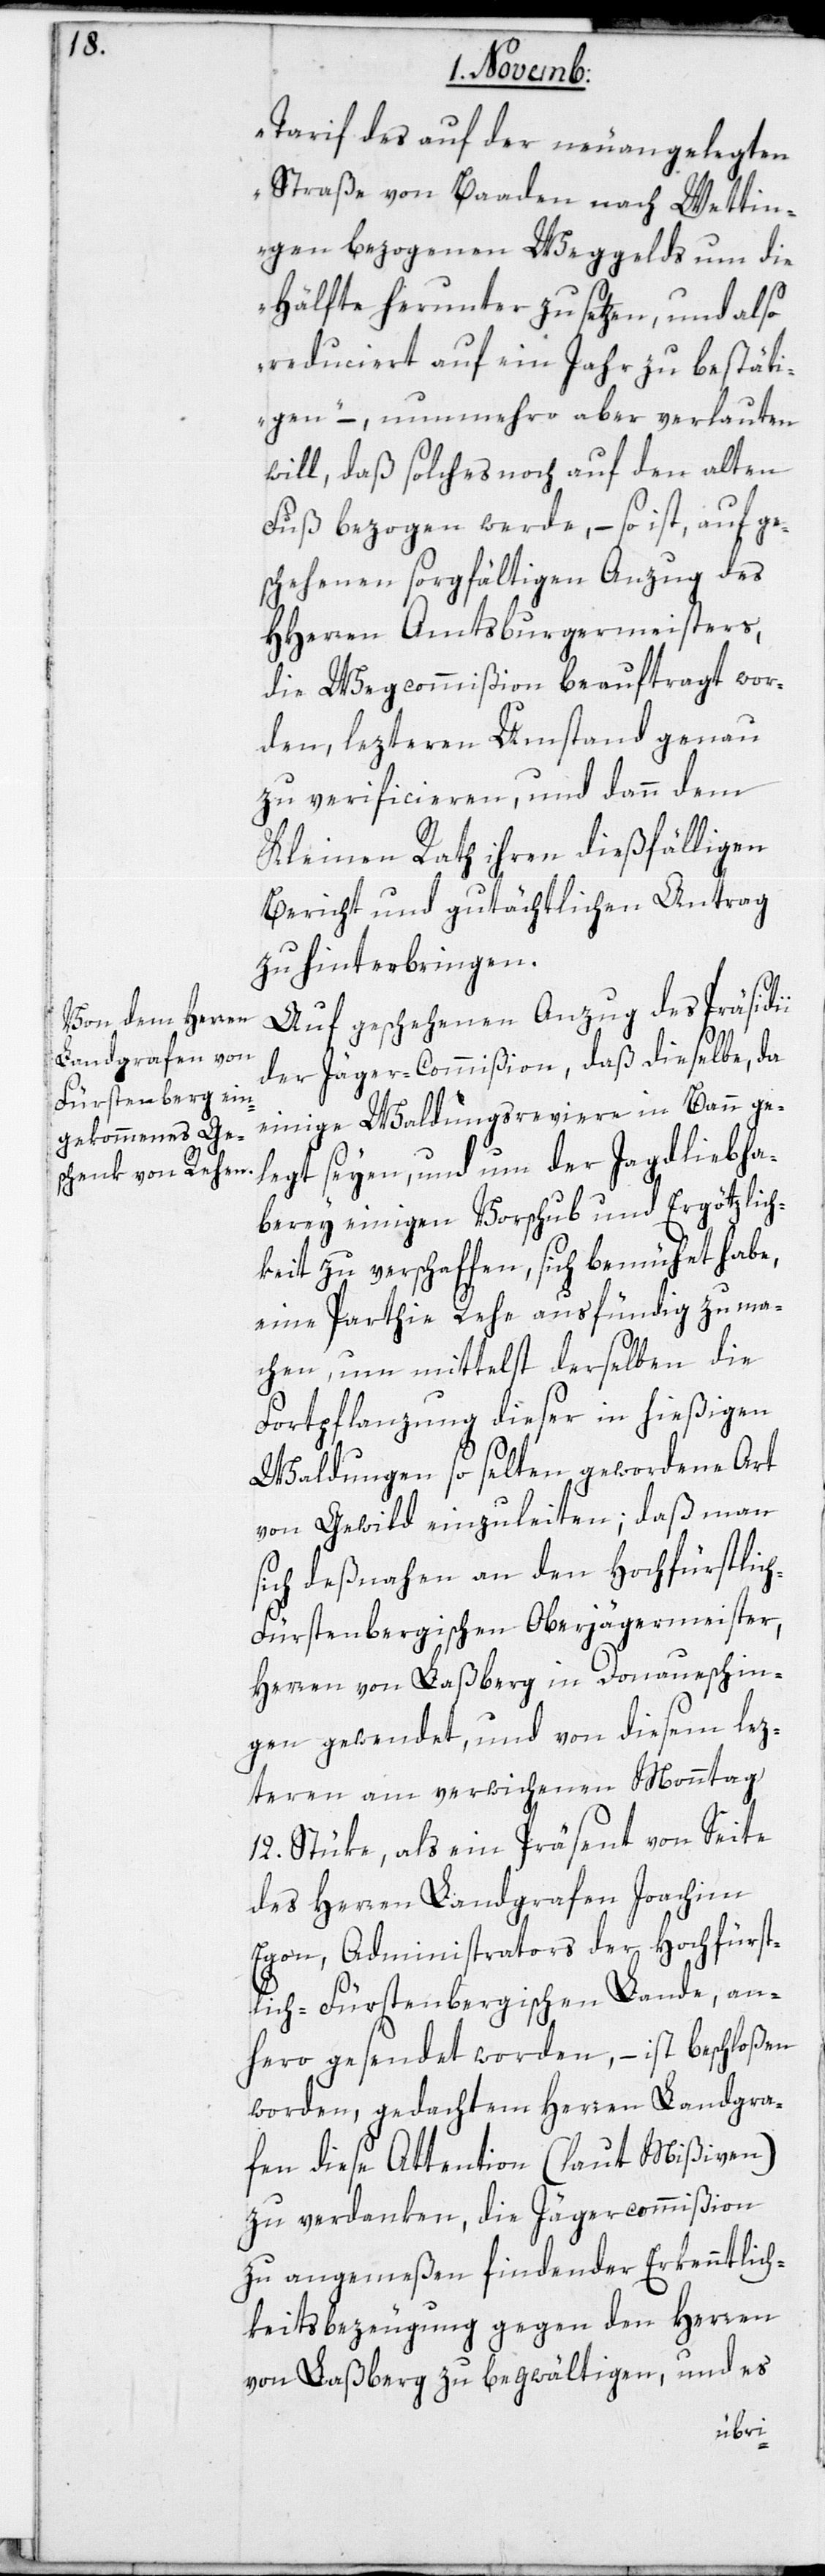
Tarif auf der neu angelegten
Straße von Baaden nach Wettin¬
gen bezogenen Weggelds um die
Hälfte herunterzusetzen, und also
reduciert auf ein Jahr zu bestäti¬
gen“ –, nunmehro aber verlauten
will, daß solches noch auf den alten
Fuß bezogen werde, – so ist, auf ge¬
schehenen sorgfältigen Anzug des
HHerren Amtsburgermeisters,
die Wegcommißion beauftragt wor¬
den, lezteren Umstand genau
zu verificieren, und dann dem
Kleinen Rath ihren dießfälligen
Bericht und gutächtlichen Antrag
zu hinterbringen.
Auf geschehenen Anzug des Präsidii
der Jäger-Commißion, daß dieselbe, da
einige Waldungsreviere in Bann ge¬
legt seyen, und um der Jagdliebha¬
berei einigen Vorschub und Ergötzlich¬
keit zu verschaffen, sich bemühet habe,
eine Parthie Rehe ausfündig zu ma¬
chen, um mittelst derselben die
Fortpflanzung dieser in hießigen
Waldungen so selten gewordene Art
von Gewild einzuleiten; daß man
sich deßnahen an den Hochfürstlich
Fürstenbergischen Oberjägermeister,
Herren von Laßberg in Donaueschin¬
gen gewendet, und von diesem lez¬
teren am verwichenen Monntag
12. Stüke, als ein Präsent von Seite
des Herren Landgrafen Joachim
Egon, Administrators der Hochfürst¬
lich-Fürstenbergischen Lande, an¬
hero gesendet worden, – ist beschloßen
worden, gedachtem Herren Landgra¬
fen diese Attention (laut Mißiven)
zu verdanken, die Jägercommißion
zu angemeßen findender Erkenntlich¬
keits-Bezeugung gegen den Herren
von Laßberg zu begwältigen, und es